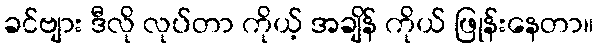
ခင်ဗျား ဒီလို လုပ်တာ ကိုယ့် အချိန် ကိုယ် ဖြုန်းနေတာ။